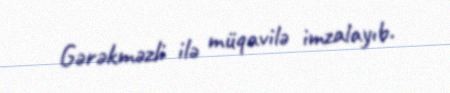
Gərəkməzli ilə müqavilə imzalayıb.